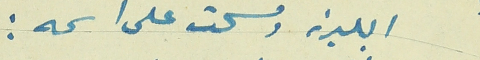
البلدية ومسحت على اسمه :